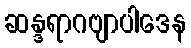
ဆန္ဒရာဂဗျာပါဒေန